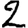
Digit: 2